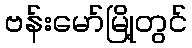
ဗန်းမော်မြို့တွင်